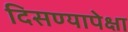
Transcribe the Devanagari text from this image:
दिसण्यापेक्षा